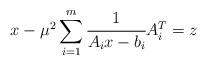
LaTeX: \begin{align*}x - \mu^2 \sum\limits_{i=1}^m \cfrac{1}{A_i x -b_i} A_i^T = z\end{align*}